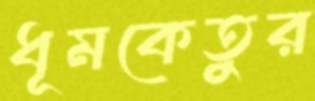
ধূমকেতুর